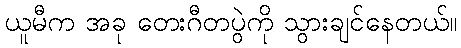
ယူမီက အခု တေးဂီတပွဲကို သွားချင်နေတယ်။